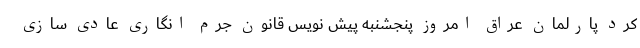
کرد پارلمان عراق امروز پنجشنبه پیش نویس قانون جرم انگاری عادی سازی